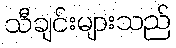
သီချင်းများသည်